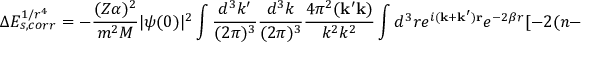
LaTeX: \Delta E _ { s , c o r r } ^ { 1 / r ^ { 4 } } = - \frac { ( Z \alpha ) ^ { 2 } } { m ^ { 2 } M } | \psi ( 0 ) | ^ { 2 } \int \frac { d ^ { 3 } k ^ { \prime } } { ( 2 \pi ) ^ { 3 } } \frac { d ^ { 3 } k } { ( 2 \pi ) ^ { 3 } } \frac { 4 \pi ^ { 2 } ( { \bf k ^ { \prime } k } ) } { k ^ { 2 } k ^ { 2 } } \int d ^ { 3 } r e ^ { i { \bf ( k + k ^ { \prime } ) r } } e ^ { - 2 \beta r } [ - 2 ( n - 1 ) \beta r ]